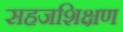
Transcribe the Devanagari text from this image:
सहजशिक्षण